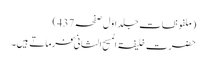
(ملفوظات جلد اوّل صفحہ437)
حضرت خلیفۃ المسیح الثانیؓ فرماتے ہیں۔